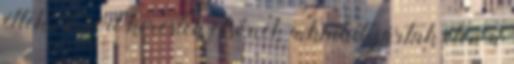
éltek. Ezért keresték elsőnek a kiutat, jártak élen a